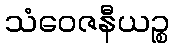
သံဝေဇနီယဉ္စ